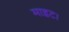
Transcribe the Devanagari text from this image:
माइट।